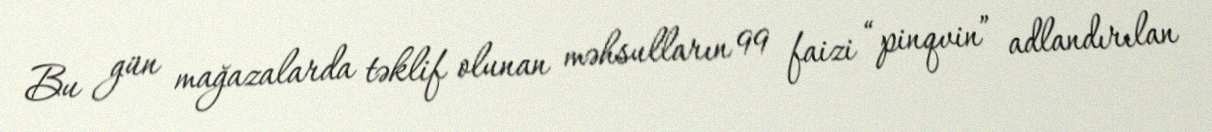
Bu gün mağazalarda təklif olunan məhsulların 99 faizi “pinqvin” adlandırılan